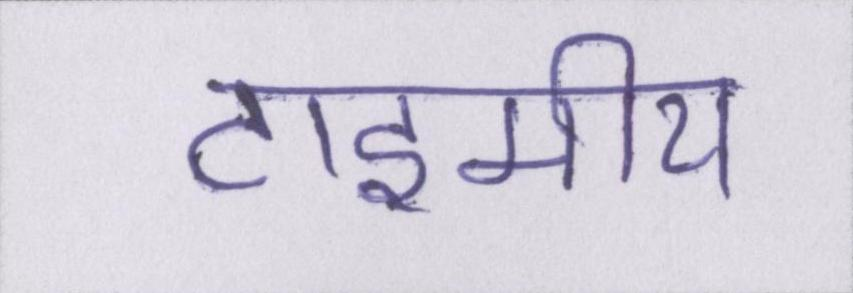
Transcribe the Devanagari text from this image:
टाइमीय